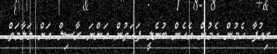
ރިއުފާ ހެމުން ހެމުން އެހެން ބުނެލީ ފަހަތުން އަންނަ ރާސިލް އަށް މަލާމަތް